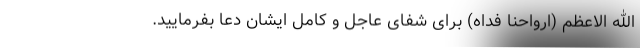
الله الاعظم (ارواحنا فداه) برای شفای عاجل و کامل ایشان دعا بفرمایید.